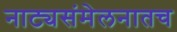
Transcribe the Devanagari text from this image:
नाट्यसंमेलनातच